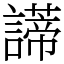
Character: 𧬺